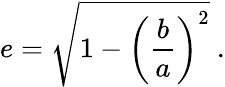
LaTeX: e={\sqrt{1-\left({\frac{b}{a}}\right)^{2}}}\ .